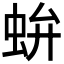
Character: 𧉤